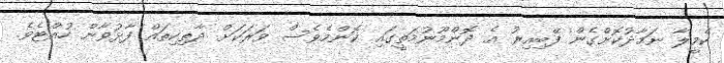
ކެމީލާ ނަމާދުކޮށްގެން ފޭބިއިރު އެ ދޮންމޫނުމަތީގައި ކޮންމެވެސް ވަރަކަށް ދާތިކިތައް ފާޅުވާން ހުއްޓެވެ.